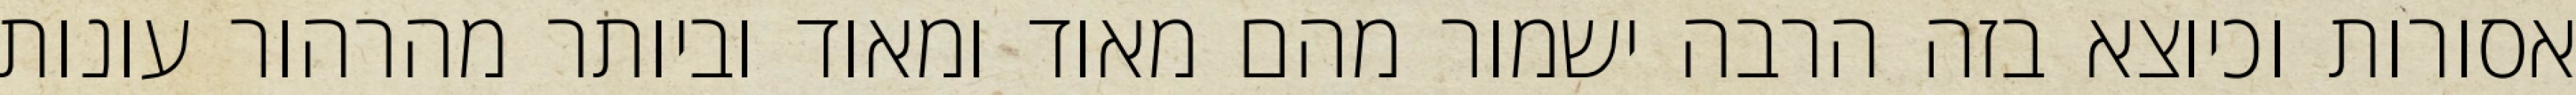
אסורות וכיוצא בזה הרבה ישמור מהם מאוד ומאוד וביותר מהרהור עונות